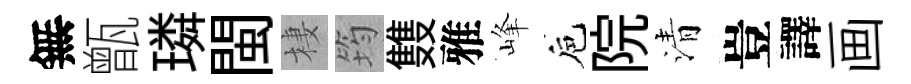
無甑璘閩棲筠䨇雅峰巵院清豈譯画